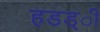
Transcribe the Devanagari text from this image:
हडड्ी